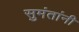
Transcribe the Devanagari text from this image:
सुमंतांनी